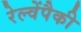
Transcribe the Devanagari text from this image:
रेल्वेंपैकी